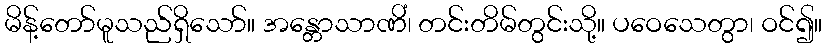
မိန့်တော်မူသည်ရှိသော်။ အန္တောသာဏိံ၊ တင်းတိမ်တွင်းသို့။ ပဝေသေတွာ၊ ဝင်၍။